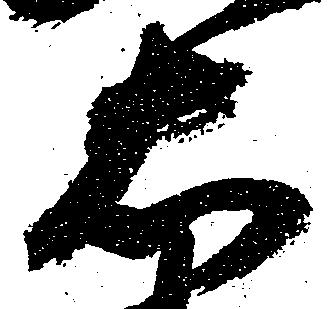
右